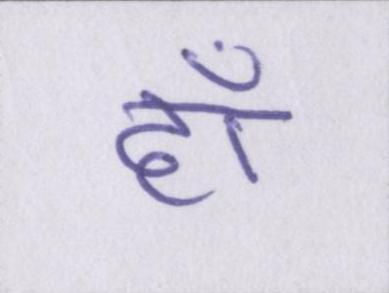
हाँ